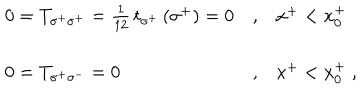
\begin{array} { l l l } { { 0 = T _ { \sigma ^ { + } \sigma ^ { + } } = { \frac { 1 } { 1 2 } } \, t _ { \sigma ^ { + } } \left( \sigma ^ { + } \right) = 0 } } & { { , } } & { { x ^ { + } < x _ { 0 } ^ { + } } } \\ { { 0 = T _ { \sigma ^ { + } \sigma ^ { - } } = 0 } } & { { , } } & { { x ^ { + } < x _ { 0 } ^ { + } \; , } } \\ \end{array}